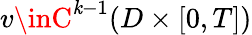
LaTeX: v\inC^{\mathit{k}-1}(D\times[0,T])